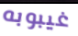
غيبوبه